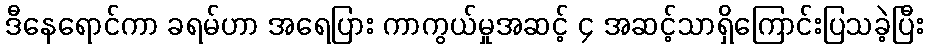
ဒီနေရောင်ကာ ခရမ်ဟာ အရေပြား ကာကွယ်မှုအဆင့် ၄ အဆင့်သာရှိကြောင်းပြသခဲ့ပြီး